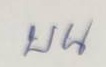
บน